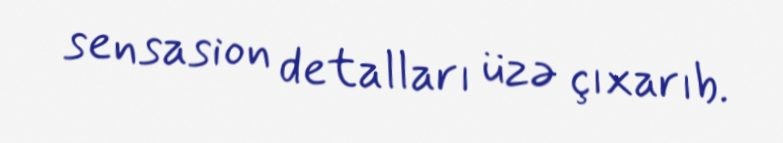
sensasion detalları üzə çıxarıb.